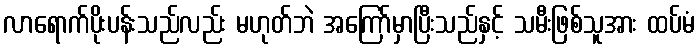
လာရောက်ပိုးပန်းသည်လည်း မဟုတ်ဘဲ အကြော်မှာပြီးသည်နှင့် သမီးဖြစ်သူအား ထပ်မံ